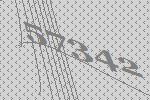
57342